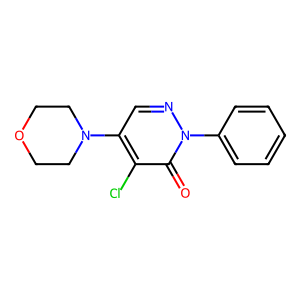
SMILES: O=c1c(Cl)c(N2CCOCC2)cnn1-c1ccccc1
Inhibits HIV replication: No